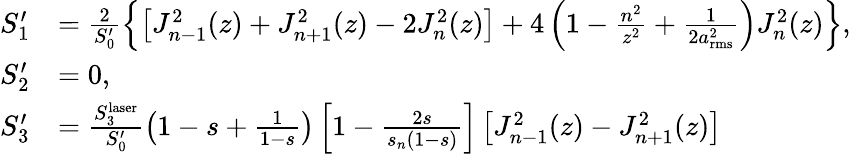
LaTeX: \begin{array}{rl}{S_{1}^{\prime}}&{=\frac{2}{S_{0}^{\prime}}\left\{ \left[J_{n-1}^{2}(z)+J_{n+1}^{2}(z)-2J_{n}^{2}(z)\right]+4\left(1-\frac{n^{2}}{z^{2}}+\frac{1}{2a_{\mathrm{rms}}^{2}}\right)J_{n}^{2}(z)\right\} ,}\\ {S_{2}^{\prime}}&{=0,}\\ {S_{3}^{\prime}}&{=\frac{S_{3}^{\mathrm{laser}}}{S_{0}^{\prime}}\left(1-s+\frac{1}{1-s}\right)\left[1-\frac{2s}{s_{n}(1-s)}\right]\left[J_{n-1}^{2}(z)-J_{n+1}^{2}(z)\right]}\end{array}